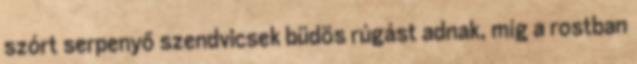
szórt serpenyő szendvicsek büdös rúgást adnak, míg a rostban